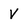
Character: v